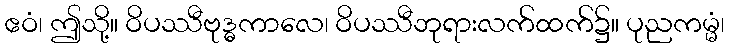
ဧဝံ၊ ဤသို့။ ဝိပဿီဗုဒ္ဓကာလေ၊ ဝိပဿီဘုရားလက်ထက်၌။ ပုညကမ္မံ၊